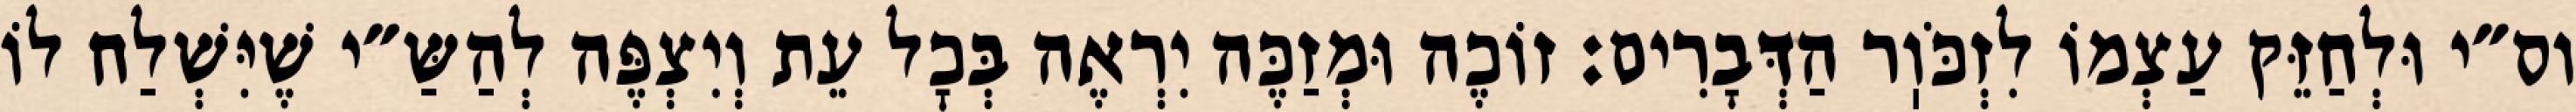
וס״י וּלְחַזֵּק עַצְמוֹ לִזְכֹּוֽר הַדְּבָרִים: זוֹכֶה וּמְזַכֶּה יִרְאֶה בְּכׇל עֵת וְיִצְפֶּה לְהַשַּ״י שֶׁיִּשְׁלַח לוֹ